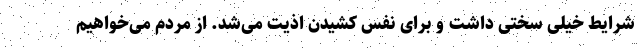
شرایط خیلی سختی داشت و برای نفس کشیدن اذیت می‌شد. از مردم می‌خواهیم